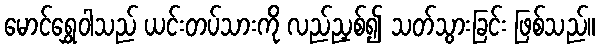
မောင်ရွှေဝါသည် ယင်းတပ်သားကို လည်ညှစ်၍ သတ်သွားခြင်း ဖြစ်သည်။